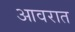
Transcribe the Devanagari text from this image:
आवरात